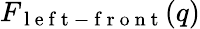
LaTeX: F_{\mathrm{~l~e~f~t~-~f~r~o~n~t~}}(q)